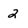
Character: 2